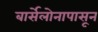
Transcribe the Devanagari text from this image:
बार्सेलोनापासून